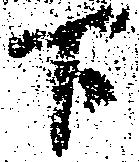
下